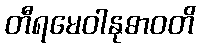
တီရမေဝါနုဓာဝတိ